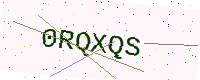
Text: 0RQXQS